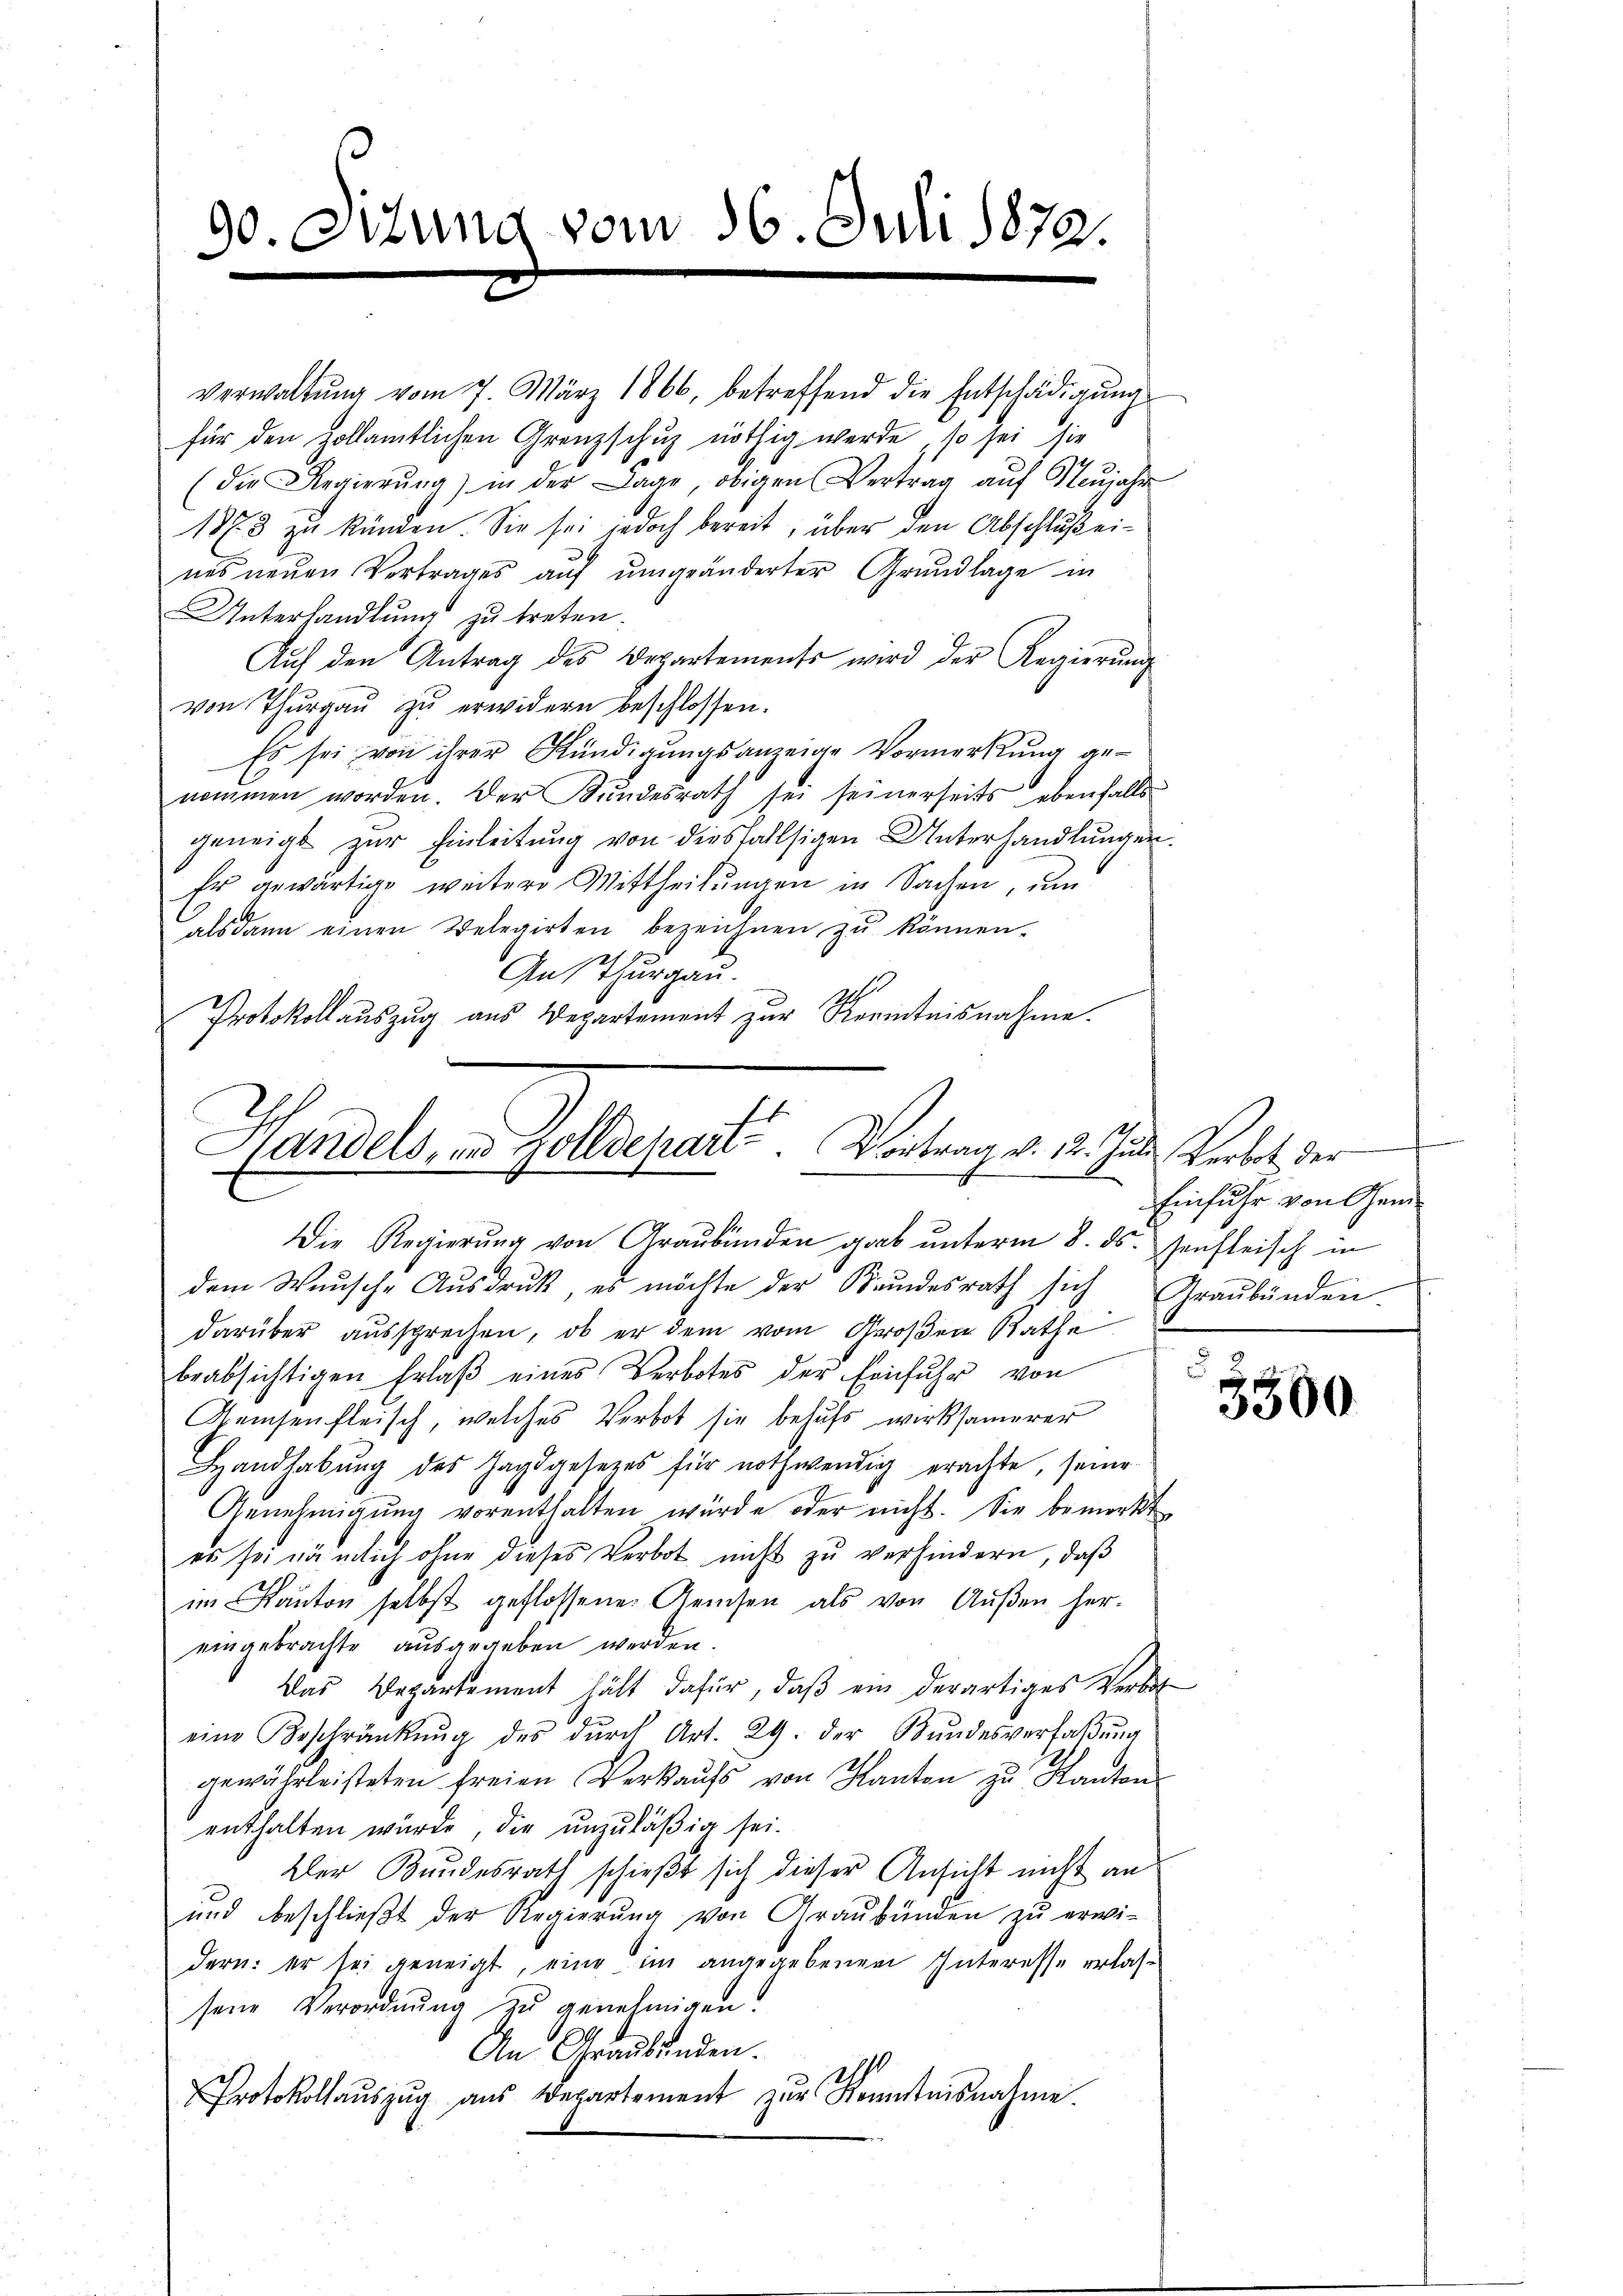
90. Situng vom 16. Juli 1872.

nes neuen Vertrages auf umgeänderter Grundlage in
Unterhandlung zu treten.
Aŭf den Antrag des Departements wird der Regierŭng
von Thurgau zu erwidern beschlossen.
Es sei von ihrer Kündigŭngsanzeige Vormerkŭng genommen worden. Der Kundesrath sei seinerseits ebenfalls
geneigt zur Einleitung von diesfallsigen Unterhandlungen.
Er gewärtige weitere Mittheilŭngen in Sachen, um
alsdann einen Belegirten bezeichnen zu können.
Austhurgau.
Protokollauszug aus Departement zur Kenntnisnahme.

Verwaltŭng vom 7. März 1866, betreffend die Entschädigŭng
für den Hollamtlichen Grenzschuz nöthig werde, so sei sie
(die Regierŭng) in der Lage, obigen Vertrag aŭf Neŭjahr
1873 zu künden. Sie sei jedoch bereit, über den Abschluß ei¬

.
Handels, und Zolldepart. Vortrag v. 12. Juli, Verbot der
Die Regierŭng von Graubünden gab ŭnterm 8. ds. senfleisch in

dem Wunsche Ausdruck, es möchte der Bundesrath sich
darüber aussprechen, ob er dem vom Großen Rathe
beabsichtigen Erlaβ eines Verbotes der Einfuhr von
Gemsenfleisch, welches Verbot sie behufs wirksamerer
Handhabŭng des Jagdgesetzes für nothwendig erachte, seine
Genehmigŭng vorenthalten würde oder nicht. Sie bemerkt
es sei nämlich ohne dieses Verbot nicht zu verhindern, daß
im Kanton selbst geflossene Gewesen als von Aŭβen her-
eingebrachte ausgegeben werden.
Das Departement hält dafür, daβ ein derartiges Verbit
eine Beschränkung des dŭrch Art. 29. der Bŭndesverfaβŭng
gewährleisteten freien Verkaŭfs von Kanton zu Kanton
enthalten würde, die unzuläßig sei.
Der Bundesrath schießt sich dieser Ansicht nicht an
und beschließt der Regierung von Graubünden zu erwi-
dern: er sei geneigt, eine im angegebenen Interesse erlassene Verordnung zu genehmigen.
An Graubünden.
Protokollaŭszŭg aŭs Departement zŭr Kenntnisnahme.

t
Einfuhr von Gem
Graubünden

3500